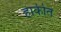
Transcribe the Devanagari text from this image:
हाकीत